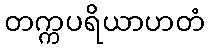
တက္ကပရိယာဟတံ